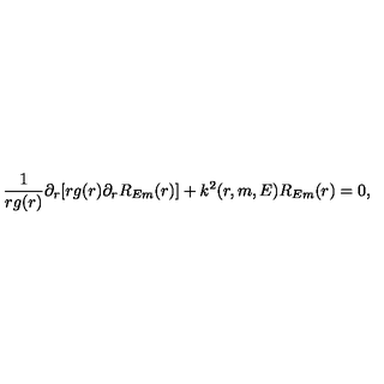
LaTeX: \frac { 1 } { r g ( r ) } \partial _ { r } [ r g ( r ) \partial _ { r } R _ { E m } ( r ) ] + k ^ { 2 } ( r , m , E ) R _ { E m } ( r ) = 0 ,